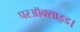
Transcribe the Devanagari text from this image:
परऑक्साइड।